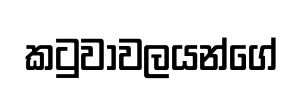
කටුවාවලයන්ගේ